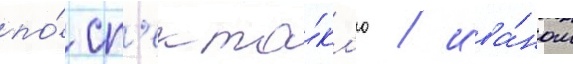
по́ сп'екта́кл'ю / ива́ном